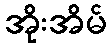
အိုးအိမ်